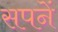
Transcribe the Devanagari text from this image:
सपनें